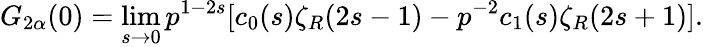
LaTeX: G_{2\alpha}(0)=\operatorname*{lim}_{s\to 0}p^{1-2s}[c_{0}(s)\zeta_{R}(2s-1)-p^{-2}c_{1}(s)\zeta_{R}(2s+1)]{.}